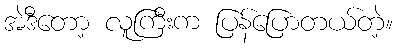
အဲဒီတော့ လူကြီးက ပြန်ပြောတယ်တဲ့။